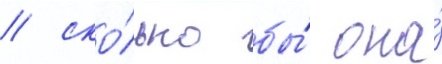
/ ско́лько бы́ она́